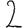
Digit: 2